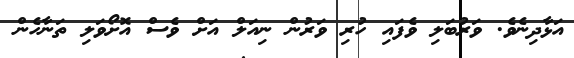
އަޅާދިނެވެ. ވަރުބަލި ވެފައި ހުރި ވަރުން ނިއަލް އަށް ވެސް އޮށޯވަލި ތަނާހެން